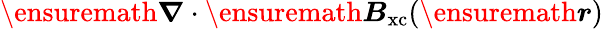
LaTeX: \ensuremath{\boldsymbol{\nabla}}\cdot\ensuremath{\boldsymbol{B}}_{\mathrm{xc}}(\ensuremath{\boldsymbol{r}})